Civil Veterinary Dept. Bombay admin report 1932-41 - 1932-1941
Year: 1932
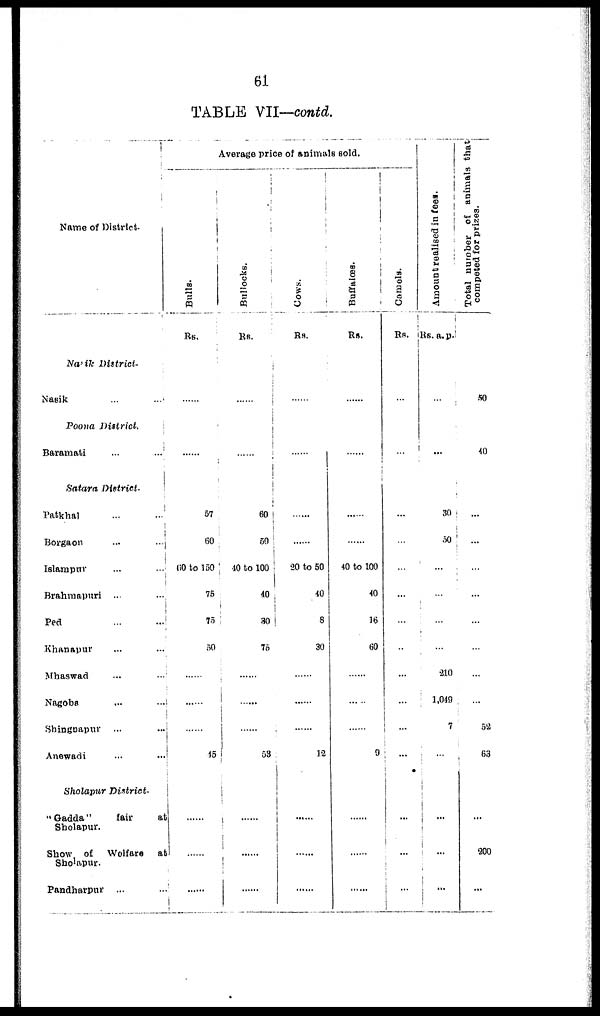
61
TABLE VII—contd.
Name of District.
Nasik District.
Nasik ... ...
Poona District.
Baramati ... ...
Satara District.
Patkhal ... ...
Borgaon ... ...
Islampur ... ...
Brahmapuri ... ...
Ped ... ...
Khanapur ... ...
Mhaswad ... ...
Nagoba ... ...
Shingnapur ... ...
Anewadi ... ...
Sholapur
District.
"Gadda"
fair
at
Sholapur.
Show of Welfare at
Sholapur.
Pandharpur
... ...
Average price of animals sold.
Bulls.
Rs.
......
......
57
60
60 to 150
75
75
50
......
......
......
15
......
......
......
Bullocks.
Rs.
......
......
60
50
40 to 100
40
30
75
......
......
......
53
......
......
......
Cows.
Rs.
......
......
......
......
20 to 50
40
8
30
......
......
......
12
......
......
......
Buffalœs.
Rs.
......
......
......
......
40 to 100
40
16
60
......
......
......
9
......
......
......
Camels.
Rs.
...
...
...
...
...
...
...
...
...
...
...
...
...
...
...
Amount realised in fees.
Rs. a.p.
...
...
30
50
...
...
...
...
210
1,049
7
...
...
...
...
Total number of animals that
competed for prizes.
50
40
...
...
...
...
...
...
...
...
52
63
...
200
...